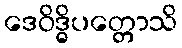
ဒေဝိဒ္ဓိပတ္တောသိ